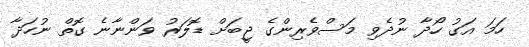
ހަމަ އަގު ހޯދާ ނުދެވި މަސްވެރިންގެ ޖީބަށް ޑޮލަރު ވަންނާނެ ގޮތް ނުހަދާ